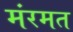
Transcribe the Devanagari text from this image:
मंरमत